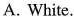
A.White. B.Blue. C.Black.